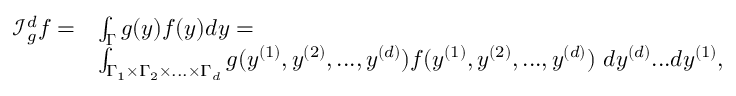
\begin{array} { r l } { \mathcal { I } _ { g } ^ { d } f = } & { \int _ { \boldsymbol { \Gamma } } g ( y ) f ( y ) d y = } \\ & { \int _ { \Gamma _ { 1 } \times \Gamma _ { 2 } \times . . . \times \Gamma _ { d } } g ( y ^ { ( 1 ) } , y ^ { ( 2 ) } , . . . , y ^ { ( d ) } ) f ( y ^ { ( 1 ) } , y ^ { ( 2 ) } , . . . , y ^ { ( d ) } ) \, \, d y ^ { ( d ) } . . . d y ^ { ( 1 ) } , } \end{array}